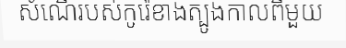
សំណើរបស់កូរ៉េខាងត្បូងកាលពីមួយ